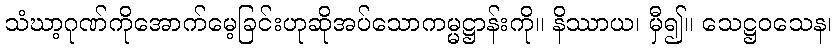
သံဃာ့ဂုဏ်ကိုအောက်မေ့ခြင်းဟုဆိုအပ်သောကမ္မဋ္ဌာန်းကို။ နိဿာယ၊ မှီ၍။ သေဋ္ဌဝသေန၊